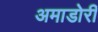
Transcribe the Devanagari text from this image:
अमाडोरी